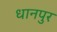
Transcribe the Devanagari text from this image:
धानपुर